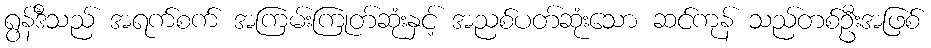
ရွန်ဒီသည် အရက်စက် အကြမ်းကြုတ်ဆုံးနှင့် အညစ်ပတ်ဆုံးသော ဆင်ကုန် သည်တစ်ဦးအဖြစ်